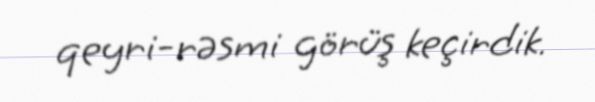
qeyri-rəsmi görüş keçirdik.